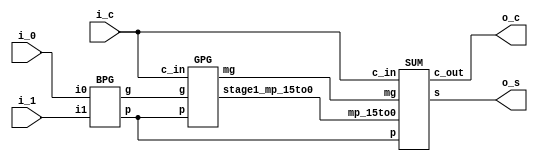
`timescale 1ns/100ps

module adder_16b (
    input [15:0] i_0,
    input [15:0] i_1,
    input i_c,
    output [15:0] o_s,
    output o_c
    );

    wire [15:0] g, p, GPG_g;
    wire mp_15to0;

    BPG     u000(.i0(i_0), .i1(i_1), .g(g), .p(p));
    GPG     u001(.g(g), .p(p), .c_in(i_c), .mg(GPG_g), .stage1_mp_15to0(mp_15to0));
    SUM     u002(.mg(GPG_g), .p(p), .c_in(i_c), .mp_15to0(mp_15to0), .s(o_s), .c_out(o_c));

endmodule


//---------------------------------------------------------------------------------
// Bitwise PG, Group PG, SUM
module BPG (
    input [15:0]    i0, i1,
    output [15:0]   g, p
    );

    genvar i;
    generate for (i = 0; i < 16; i = i + 1) begin
        AND_2I1O    u000 (.i0(i0[i]), .i1(i1[i]), .o(g[i]));
        XOR_2I1O    u001 (.i0(i0[i]), .i1(i1[i]), .o(p[i]));
    end
    endgenerate

endmodule

module GPG (
    input [15:0]    g, p,
    input           c_in,
    output [15:0]   mg,
    output stage1_mp_15to0
    );

    wire [15:0] stage4_mg;      wire [15:1] stage4_mp; // stage4 output
    wire [15:0] stage3_mg;      wire [15:3] stage3_mp; // stage3 output
    wire [15:0] stage2_mg;      wire [15:7] stage2_mp; // stage2 output
    wire [15:0] stage1_mg;                             // stage1 output

    // ***************** STAGE 4 *****************
    genvar i;
    generate for (i = 1; i < 16; i = i + 1) begin
        BLACK_CELL  u000(.g_ItoK(g[i]), .g_KtoJ(g[i-1]), .p_ItoK(p[i]), .p_KtoJ(p[i-1]), .mg(stage4_mg[i]), .mp(stage4_mp[i]));
    end
    endgenerate

    GREY_CELL   u001(.g_ItoK(g[0]), .g_KtoJ(c_in), .p_ItoK(p[0]), .mg(stage4_mg[0]));


    // ***************** STAGE 3 *****************
    generate for (i = 3; i < 16; i = i + 1) begin
        BLACK_CELL  u002(.g_ItoK(stage4_mg[i]), .g_KtoJ(stage4_mg[i-2]), .p_ItoK(stage4_mp[i]), .p_KtoJ(stage4_mp[i-2]), .mg(stage3_mg[i]), .mp(stage3_mp[i]));
    end
    endgenerate

    GREY_CELL   u003(.g_ItoK(stage4_mg[2]), .g_KtoJ(stage4_mg[0]), .p_ItoK(stage4_mp[2]), .mg(stage3_mg[2]));
    GREY_CELL   u004(.g_ItoK(stage4_mg[1]), .g_KtoJ(c_in), .p_ItoK(stage4_mp[1]), .mg(stage3_mg[1]));

    assign stage3_mg[0] = stage4_mg[0];


    // ***************** STAGE 2 *****************
    generate for (i = 7; i < 16; i = i + 1) begin
        BLACK_CELL  u005(.g_ItoK(stage3_mg[i]), .g_KtoJ(stage3_mg[i-4]), .p_ItoK(stage3_mp[i]), .p_KtoJ(stage3_mp[i-4]), .mg(stage2_mg[i]), .mp(stage2_mp[i]));
    end
    endgenerate

    GREY_CELL   u006(.g_ItoK(stage3_mg[6]), .g_KtoJ(stage3_mg[2]), .p_ItoK(stage3_mp[6]), .mg(stage2_mg[6]));
    GREY_CELL   u007(.g_ItoK(stage3_mg[5]), .g_KtoJ(stage3_mg[1]), .p_ItoK(stage3_mp[5]), .mg(stage2_mg[5]));
    GREY_CELL   u008(.g_ItoK(stage3_mg[4]), .g_KtoJ(stage3_mg[0]), .p_ItoK(stage3_mp[4]), .mg(stage2_mg[4]));
    GREY_CELL   u009(.g_ItoK(stage3_mg[3]), .g_KtoJ(c_in), .p_ItoK(stage3_mp[3]), .mg(stage2_mg[3]));

    assign stage2_mg[2:0] = stage3_mg[2:0];


    // ***************** STAGE 1 *****************
    BLACK_CELL  u010(.g_ItoK(stage2_mg[15]), .g_KtoJ(stage2_mg[7]), .p_ItoK(stage2_mp[15]), .p_KtoJ(stage2_mp[7]), .mg(stage1_mg[15]), .mp(stage1_mp_15to0));

    generate for (i = 8; i < 15; i = i + 1) begin
        GREY_CELL   u011(.g_ItoK(stage2_mg[i]), .g_KtoJ(stage2_mg[i-8]), .p_ItoK(stage2_mp[i]), .mg(stage1_mg[i]));
    end
    endgenerate
    
    GREY_CELL   u012(.g_ItoK(stage2_mg[7]), .g_KtoJ(c_in), .p_ItoK(stage2_mp[7]), .mg(stage1_mg[7]));

    assign stage1_mg[6:0] = stage2_mg[6:0];

    // ***************** Assign OUT *****************
    assign mg[15:0] = stage1_mg[15:0];

endmodule

module SUM (
    input [15:0]    mg,
    input [15:0]    p,
    input           c_in,
    input           mp_15to0,
    output [15:0]   s,
    output          c_out
    );

    XOR_2I1O     u000(.i0(c_in), .i1(p[0]), .o(s[0]));

    genvar i; generate
    for (i = 1; i < 16; i = i + 1) begin
        XOR_2I1O     u001(.i0(mg[i-1]), .i1(p[i]), .o(s[i]));
    end
    endgenerate

    GREY_CELL   u002(.g_ItoK(mg[15]), .g_KtoJ(c_in), .p_ItoK(mp_15to0), .mg(c_out));

endmodule



//---------------------------------------------------------------------------------
// Black Cell, Gray Cell

module BLACK_CELL (
    input           g_ItoK, g_KtoJ,
    input           p_ItoK, p_KtoJ,
    output          mg,
    output          mp
    );

    GREY_CELL   u000(.g_ItoK(g_ItoK), .g_KtoJ(g_KtoJ), .p_ItoK(p_ItoK), .mg(mg));
    AND_2I1O    u001(.i0(p_ItoK), .i1(p_KtoJ), .o(mp));

endmodule

module GREY_CELL (
    input           g_ItoK, g_KtoJ,
    input           p_ItoK,
    output          mg
    );

    wire w0;

    INV         u000(.i(g_ItoK), .o(inv_g));
    NAND_2I1O   u001(.i0(p_ItoK), .i1(g_KtoJ), .o(w0));
    NAND_2I1O   u002(.i0(inv_g), .i1(w0), .o(mg));

endmodule



//---------------------------------------------------------------------------------
// AND, XOR GATE

module AND_2I1O (
        input i0,
        input i1,
        output o
    );

    wire w0;

    NAND_2I1O   u000(.i0(i0), .i1(i1), .o(w0));
    INV         u001(.i(w0), .o(o));

endmodule

module XOR_2I1O (
        input i0,
        input i1,
        output o
    );

    wire w0, w1, w2;

    NAND_2I1O   u000(.i0(i0), .i1(i1), .o(w0));

    NAND_2I1O   u001(.i0(i0), .i1(w0), .o(w1));
    NAND_2I1O   u002(.i0(i1), .i1(w0), .o(w2));

    NAND_2I1O   u003(.i0(w1), .i1(w2), .o(o));

endmodule



///////////////////////////////////////////////////////////////////////////////////
// Don't modify the following primitive logic gates

module NAND_2I1O (i0, i1, o);
input i0;
input i1;
output o;

assign #(0.1, 0.2) o = ~(i0 & i1);

endmodule

module NAND_3I1O (i0, i1, i2, o);
input i0;
input i1;
input i2;
output o;

assign #(0.1, 0.3) o = ~(i0 & i1 & i2);

endmodule

module NAND_4I1O (i0, i1, i2, i3, o);
input i0;
input i1;
input i2;
input i3;
output o;

assign #(0.1, 0.4) o = ~(i0 & i1 & i2 & i3);

endmodule

module NOR_2I1O (i0, i1, o);
input i0;
input i1;
output o;

assign #(0.2, 0.1) o = ~(i0 | i1);

endmodule

module NOR_3I1O (i0, i1, i2, o);
input i0;
input i1;
input i2;
output o;

assign #(0.3, 0.1) o = ~(i0 | i1 | i2);

endmodule

module NOR_4I1O (i0, i1, i2, i3, o);
input i0;
input i1;
input i2;
input i3;
output o;

assign #(0.4, 0.1) o = ~(i0 | i1 | i2 | i3);

endmodule


module INV (i, o);
input i;
output o;

assign #(0.1, 0.1) o = ~i;

endmodule